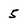
Character: 5